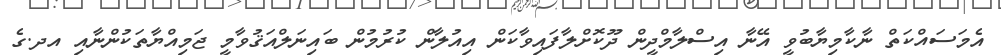
އެމަސައްކަތް ނާކާމިޔާބުވީ އޭނާ އިސްލާމްދީން ދޫކޮށްލާފައިވާކަން އިއުލާން ކުރުމުން ބައިނަލްއަޤުވާމީ ޖަމިއްޔާތަކުންނާއި އދ.ގެ